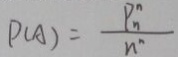
P _ { ( A ) } = \frac { P _ { n } ^ { n } } { n ^ { n } }